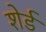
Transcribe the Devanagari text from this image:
शेर्ड